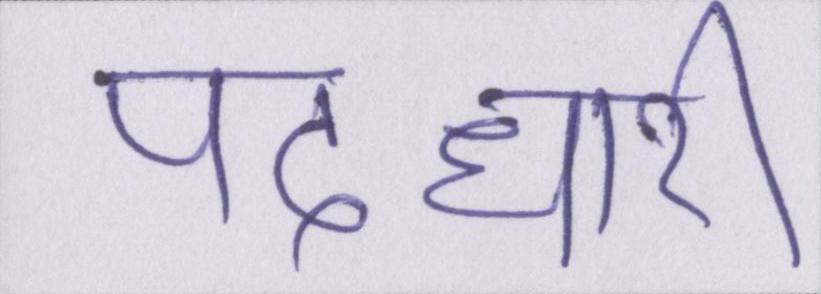
पदधारी